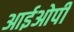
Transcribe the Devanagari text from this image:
आईओपी